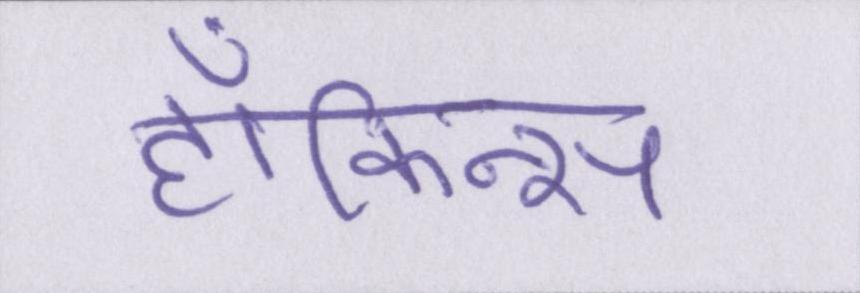
हॉकिन्स